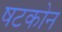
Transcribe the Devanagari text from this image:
षटकोन